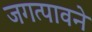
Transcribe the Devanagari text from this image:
जगत्पावने